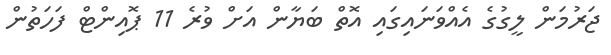
ޖަރުމަން ލީގުގެ އެއްވަނައިގައި އޮތް ބަޔާން އަށް ވުރެ 11 ޕޮއިންޓް ފަހަތުން